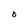
Character: O